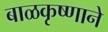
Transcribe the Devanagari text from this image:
बाळकृष्णाने